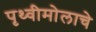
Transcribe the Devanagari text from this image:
पृथ्वीमोलाचे